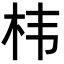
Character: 㭏